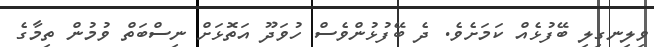
ވިލިނގިލި ބޭފުޅެއް ކަމަށެވެ. ދެ ބޭފުޅުންވެސް ހުވަދޫ އަތޮޅަށް ނިސްބަތް ވުމުން ތިމާގެ